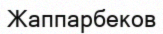
Жаппарбеков